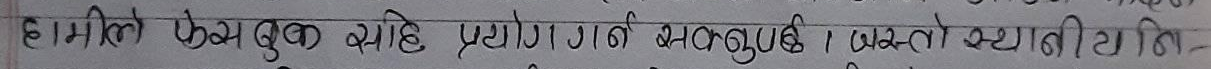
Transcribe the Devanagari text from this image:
हामीले फेसबुकमाथि प्रयोग गर्न भन्यौँ। यस्तो स्थानीयति-